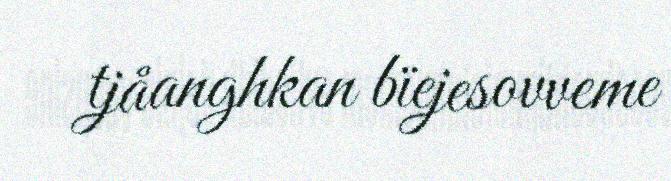
tjåanghkan bïejesovveme